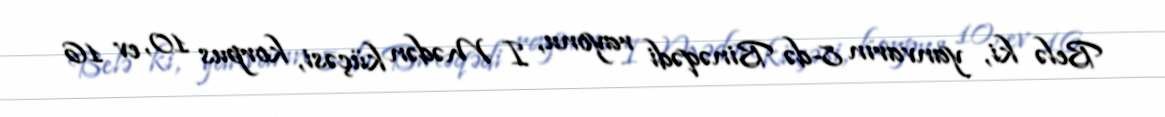
Belə ki, yanvarın 8-də Binəqədi rayonu, I Mədən küçəsi, korpus 10, ev 16